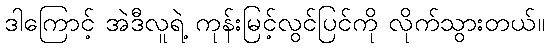
ဒါကြောင့် အဲဒီလူရဲ့ ကုန်းမြင့်လွင်ပြင်ကို လိုက်သွားတယ်။